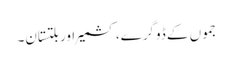
جموں کے ڈوگرے، کشمیر اور بلتستان۔